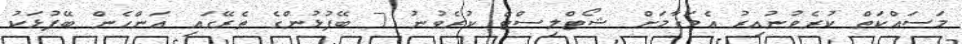
މަސައްކަތް ކުރެވުނުއިރު އެމަގާމަށް ޝޯޓްލިސްޓް ކުރެވުނު 7 ބޭފުޅުންގެ ތެރޭގައި އަންހެން ބޭފުޅަކު